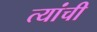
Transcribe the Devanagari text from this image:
त्यांंची